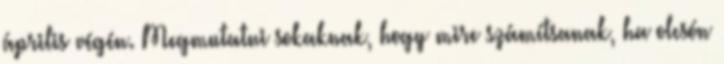
április végén. Megmutatni sokaknak, hogy mire számítsanak, ha olcsón